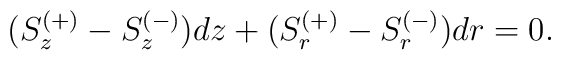
(S^{(+)}_z-S^{(-)}_z)dz+(S^{(+)}_r-S^{(-)}_r)dr=0.